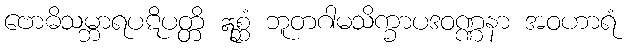
ဗောဓိသမ္ဘာရပဋိပတ္တိ ဣစ္ဆံ ဘူတဂါမသိက္ခာပဒဝဏ္ဏနာ အဝဟာရံ